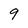
Character: 9